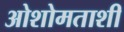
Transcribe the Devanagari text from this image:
ओशोमताशी